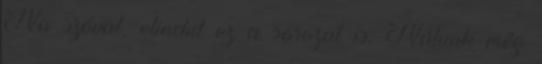
Na szóval, elindul ez a sorozat is. Nálunk még